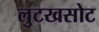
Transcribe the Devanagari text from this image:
लुटखसोट